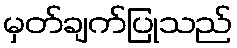
မှတ်ချက်ပြုသည်